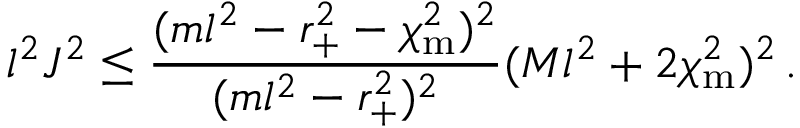
l ^ { 2 } J ^ { 2 } \leq \frac { ( m l ^ { 2 } - r _ { + } ^ { 2 } - \chi _ { \mathrm { m } } ^ { 2 } ) ^ { 2 } } { ( m l ^ { 2 } - r _ { + } ^ { 2 } ) ^ { 2 } } ( M l ^ { 2 } + 2 \chi _ { \mathrm { m } } ^ { 2 } ) ^ { 2 } \, .